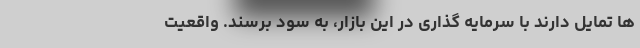
ها تمایل دارند با سرمایه گذاری در این بازار، به سود برسند. واقعیت